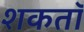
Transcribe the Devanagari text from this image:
शकतॉ